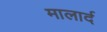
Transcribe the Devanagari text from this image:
मालार्द